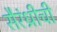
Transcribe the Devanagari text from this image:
सैरंध्रीची